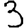
Digit: 3